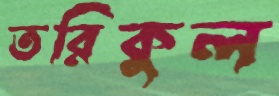
তরিকুল